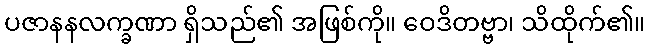
ပဇာနနလက္ခဏာ ရှိသည်၏ အဖြစ်ကို။ ဝေဒိတဗ္ဗာ၊ သိထိုက်၏။